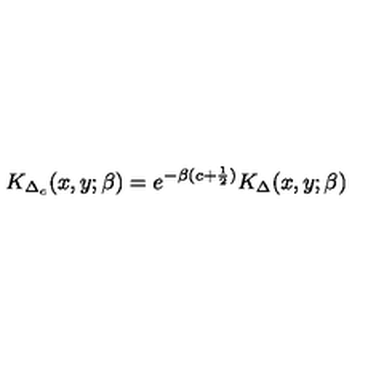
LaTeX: K _ { \Delta _ { c } } ( x , y ; \beta ) = e ^ { - \beta ( c + { \frac { 1 } { 2 } } ) } K _ { \Delta } ( x , y ; \beta )